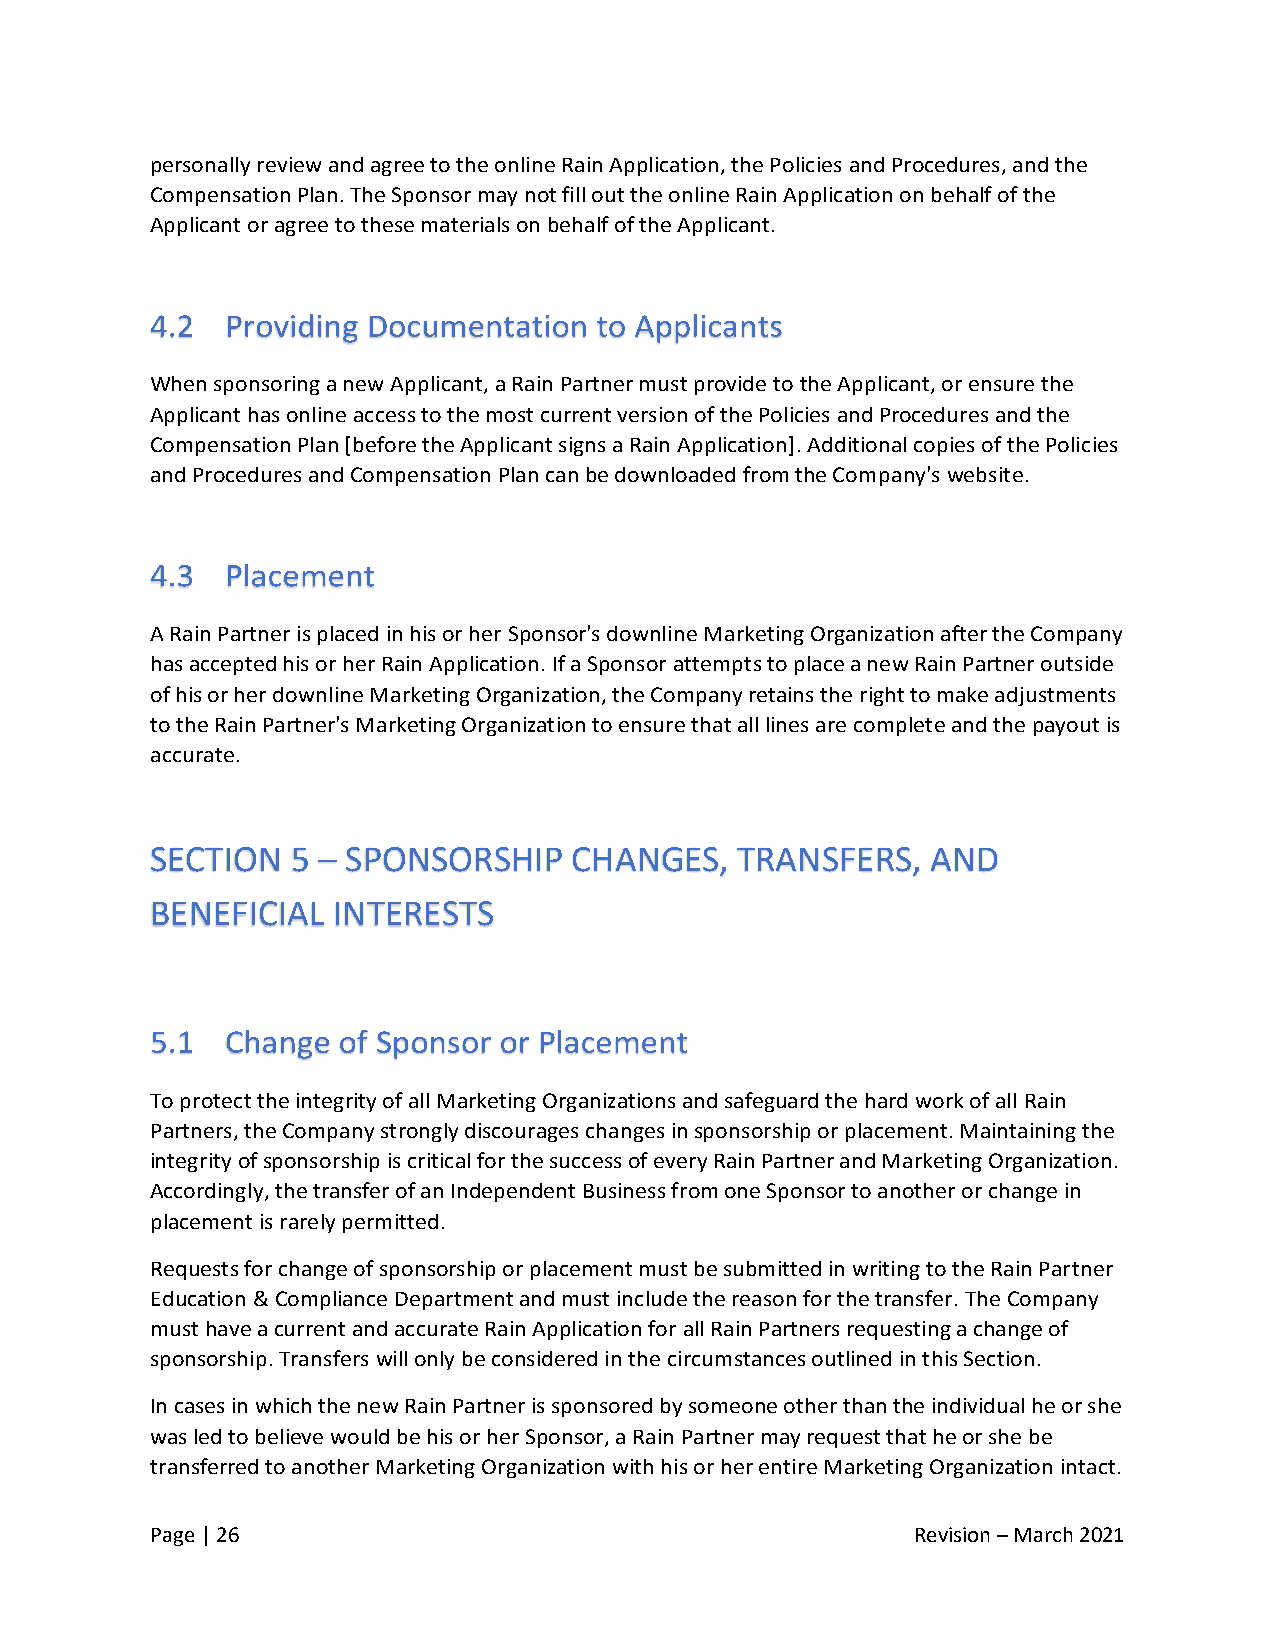
personally review and agree to the online Rain Application, the Policies and Procedures, and the
 Compensation Plan. The Sponsor may not fill out the online Rain Application on behalf of the
 Applicant or agree to these materials on behalf of the Applicant.
 When sponsoring a new Applicant, a Rain Partner must provide to the Applicant, or ensure the
 Applicant has online access to the most current version of the Policies and Procedures and the
 Compensation Plan [before the Applicant signs a Rain Application]. Additional copies of the Policies
 and Procedures and Compensation Plan can be downloaded from the Company's website.
 A Rain Partner is placed in his or her Sponsor's downline Marketing Organization after the Company
 has accepted his or her Rain Application. If a Sponsor attempts to place a new Rain Partner outside
 of his or her downline Marketing Organization, the Company retains the right to make adjustments
 to the Rain Partner's Marketing Organization to ensure that all lines are complete and the payout is
 accurate.
 SECTION  5 – SPONSORSHIP    CHANGES,   TRANSFERS,   AND
 BENEFICIAL  INTERESTS
 To protect the integrity of all Marketing Organizations and safeguard the hard work of all Rain
 Partners, the Company strongly discourages changes in sponsorship or placement. Maintaining the
 integrity of sponsorship is critical for the success of every Rain Partner and Marketing Organization.
 Accordingly, the transfer of an Independent Business from one Sponsor to another or change in
 placement is rarely permitted.
 Requests for change of sponsorship or placement must be submitted in writing to the Rain Partner
 Education & Compliance Department and must include the reason for the transfer. The Company
 must have a current and accurate Rain Application for all Rain Partners requesting a change of
 sponsorship. Transfers will only be considered in the circumstances outlined in this Section.
 In cases in which the new Rain Partner is sponsored by someone other than the individual he or she
 was led to believe would be his or her Sponsor, a Rain Partner may request that he or she be
 transferred to another Marketing Organization with his or her entire Marketing Organization intact.
 Page | 26                                          Revision – March 2021